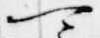
可